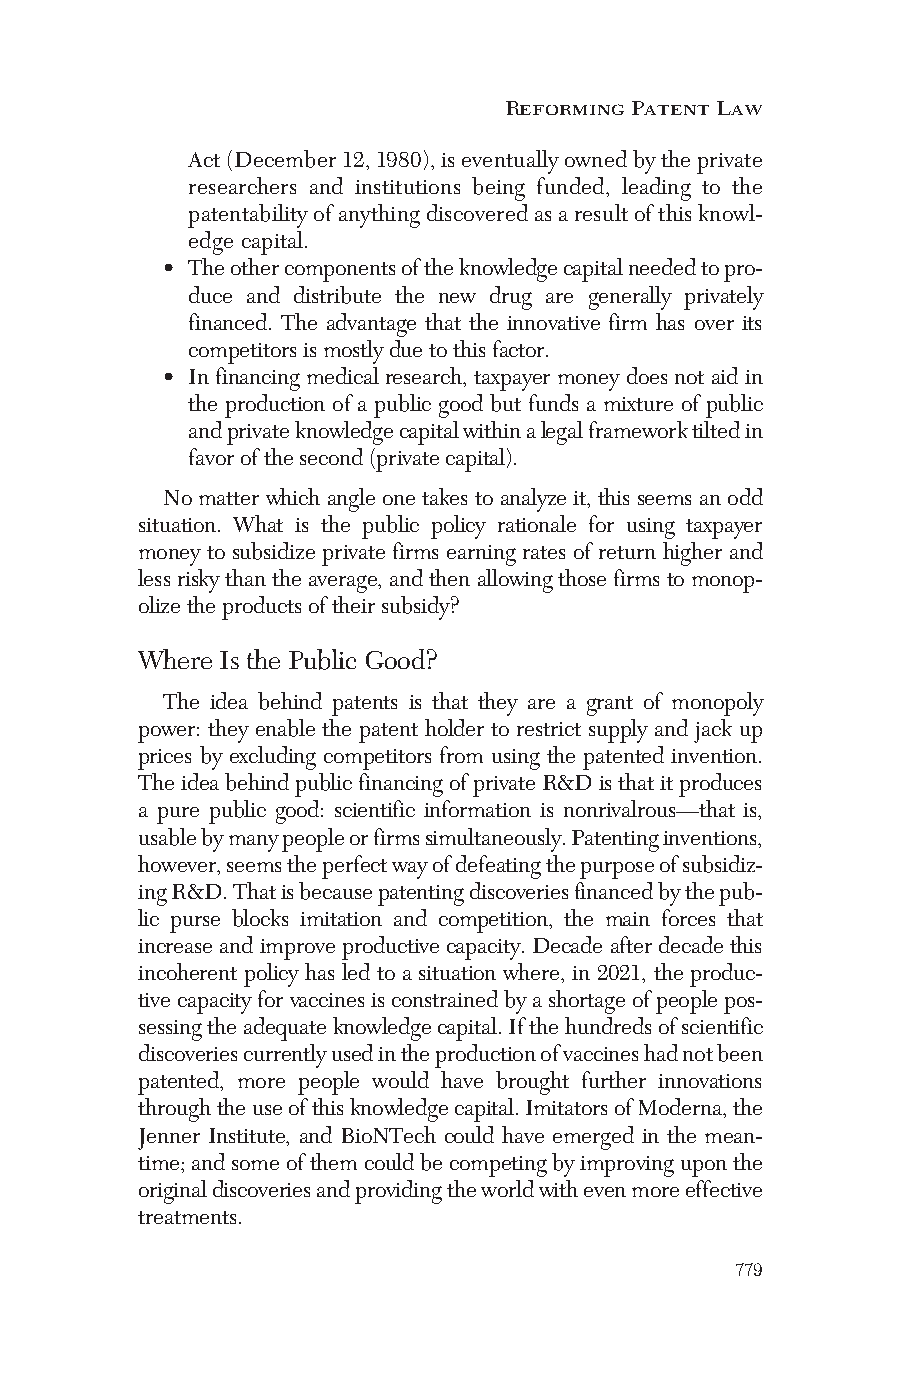
Reforming Patent Law
 Act(December12,1980),iseventuallyownedbytheprivate
 researchers and institutions being funded, leading to the
 patentabilityofanythingdiscoveredasaresultofthisknowl-
 edge capital.
 • Theothercomponentsoftheknowledgecapitalneededtopro-
 duce and distribute the new drug are generally privately
 financed. The advantage that the innovative firm has over its
 competitorsismostlyduetothisfactor.
 • In financing medical research, taxpayer money does not aid in
 the production of a public good but funds a mixture of public
 andprivateknowledgecapitalwithinalegalframeworktiltedin
 favorofthesecond(privatecapital).
 Nomatterwhichangleonetakestoanalyzeit,thisseemsanodd
 situation. What is the public policy rationale for using taxpayer
 money to subsidize private firms earning rates of return higher and
 lessriskythantheaverage,andthenallowingthosefirmstomonop-
 olizetheproductsoftheirsubsidy?
 Where Is the Public Good?
 The idea behind patents is that they are a grant of monopoly
 power: they enable the patent holder to restrict supply and jack up
 prices by excluding competitors from using the patented invention.
 TheideabehindpublicfinancingofprivateR&Disthatitproduces
 a pure public good: scientific information is nonrivalrous—that is,
 usablebymanypeopleorfirmssimultaneously.Patentinginventions,
 however,seemstheperfectwayofdefeatingthepurposeofsubsidiz-
 ingR&D.Thatisbecausepatentingdiscoveriesfinancedbythepub-
 lic purse blocks imitation and competition, the main forces that
 increaseandimproveproductivecapacity.Decadeafterdecadethis
 incoherent policy has led to a situation where, in 2021, the produc-
 tivecapacityforvaccinesisconstrainedbyashortageofpeoplepos-
 sessingtheadequateknowledgecapital.Ifthehundredsofscientific
 discoveriescurrentlyusedintheproductionofvaccineshadnotbeen
 patented, more people would have brought further innovations
 throughtheuseofthisknowledgecapital.ImitatorsofModerna,the
 Jenner Institute, and BioNTech could have emerged in the mean-
 time;andsomeofthemcouldbecompetingbyimprovinguponthe
 originaldiscoveriesandprovidingtheworldwithevenmoreeffective
 treatments.
 779